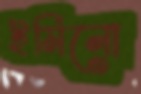
ইমিনো